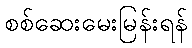
စစ်ဆေးမေးမြန်းရန်